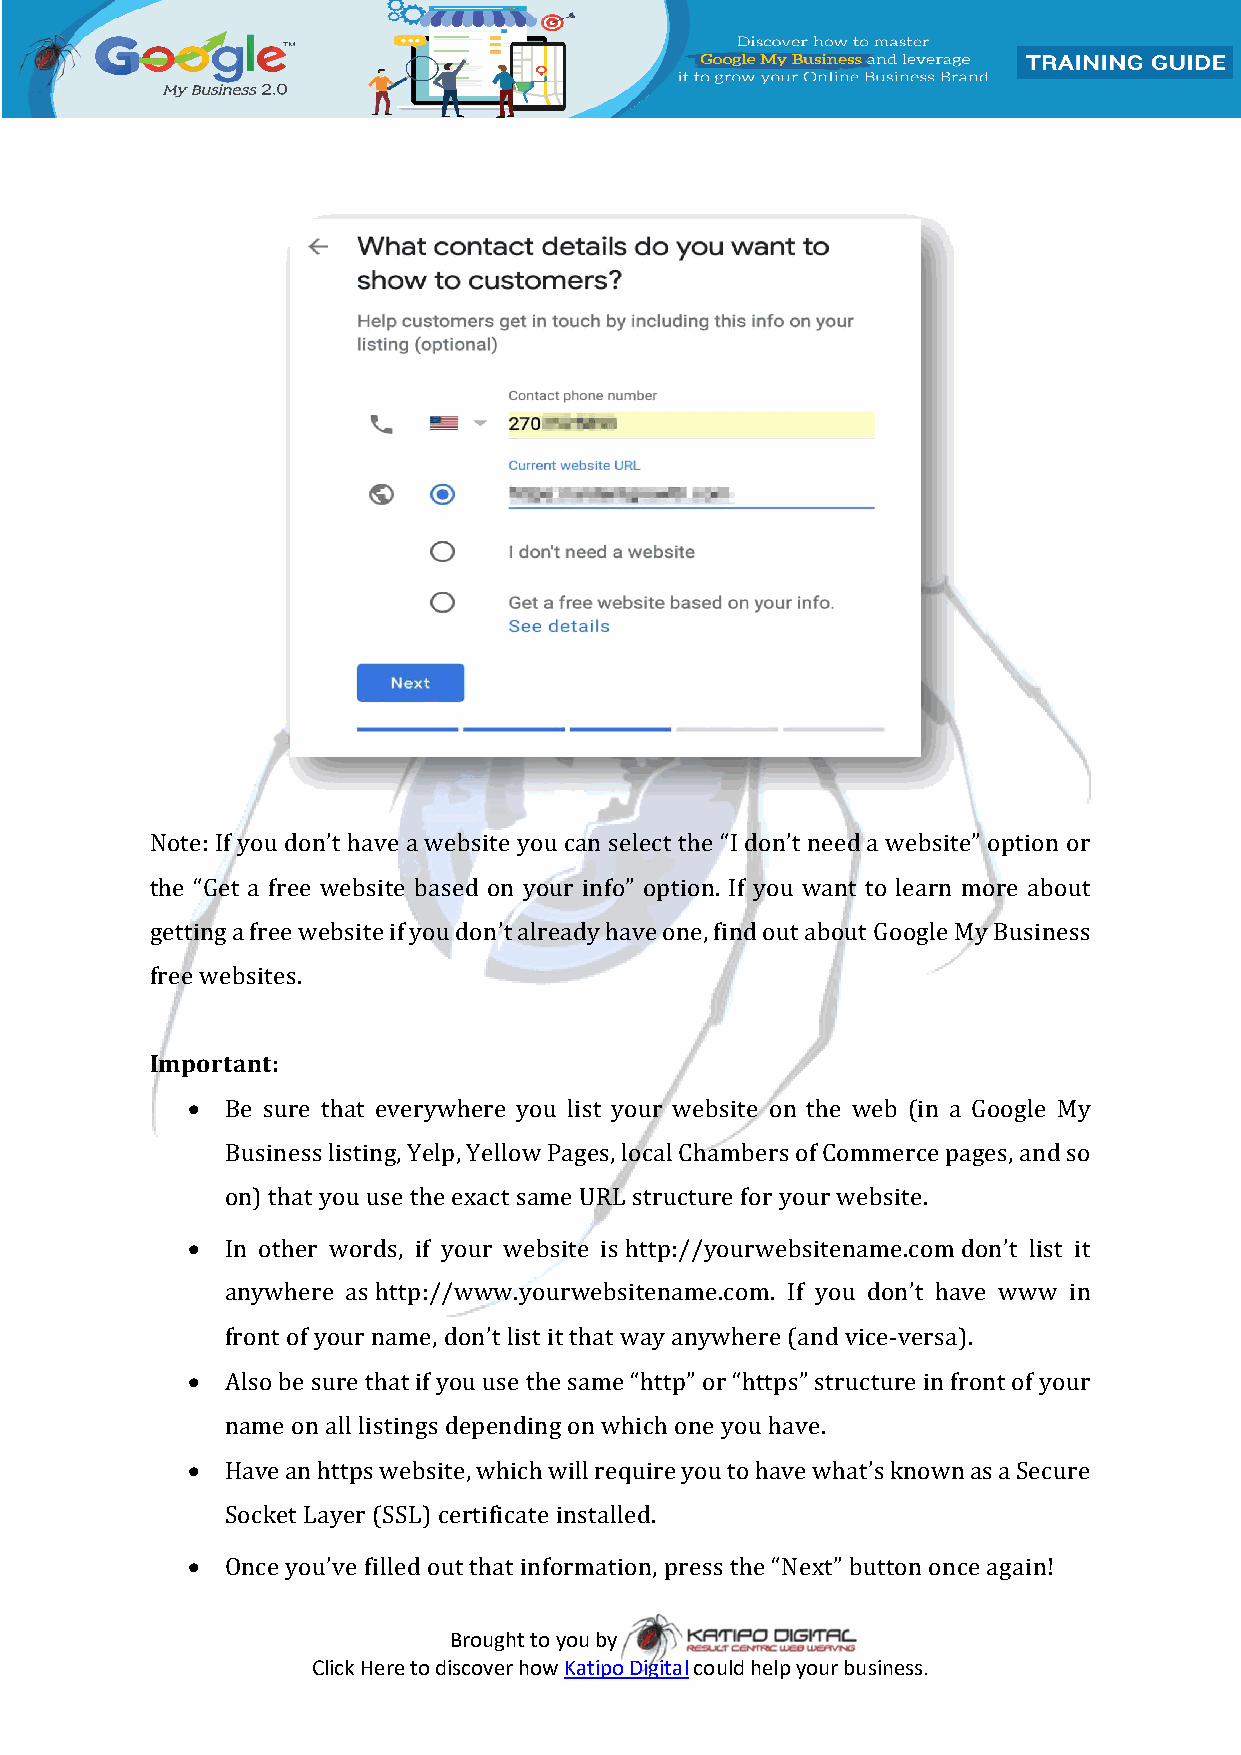
Note: If you don’t have a website you can select the “I don’t need a website” option or
 the “Get a free website based on your info” option. If you want to learn more about
 getting a free website if you don’t already have one, find out about Google My Business
 free websites.
 Important:
   Be sure that everywhere you list your website on the web (in a Google My
 Business listing, Yelp, Yellow Pages, local Chambers of Commerce pages, and so
 on) that you use the exact same URL structure for your website.
   In other words, if your website is http://yourwebsitename.com don’t list it
 anywhere as http://www.yourwebsitename.com. If you don’t have www in
 front of your name, don’t list it that way anywhere (and vice-versa).
   Also be sure that if you use the same “http” or “https” structure in front of your
 name on all listings depending on which one you have.
   Have an https website, which will require you to have what’s known as a Secure
 Socket Layer (SSL) certificate installed.
   Once you’ve filled out that information, press the “Next” button once again!
 Brought to you by
 Click Here to discover how Katipo Digital could help your business.